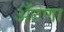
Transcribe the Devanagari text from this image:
अँटेणा